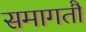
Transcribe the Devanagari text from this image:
समागतौ